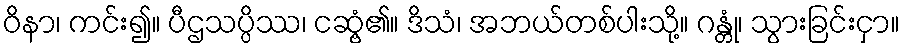
ဝိနာ၊ ကင်း၍။ ပီဌသပ္ပိဿ၊ ငဆွံ့၏။ ဒိသံ၊ အဘယ်တစ်ပါးသို့။ ဂန္တုံ၊ သွားခြင်းငှာ။